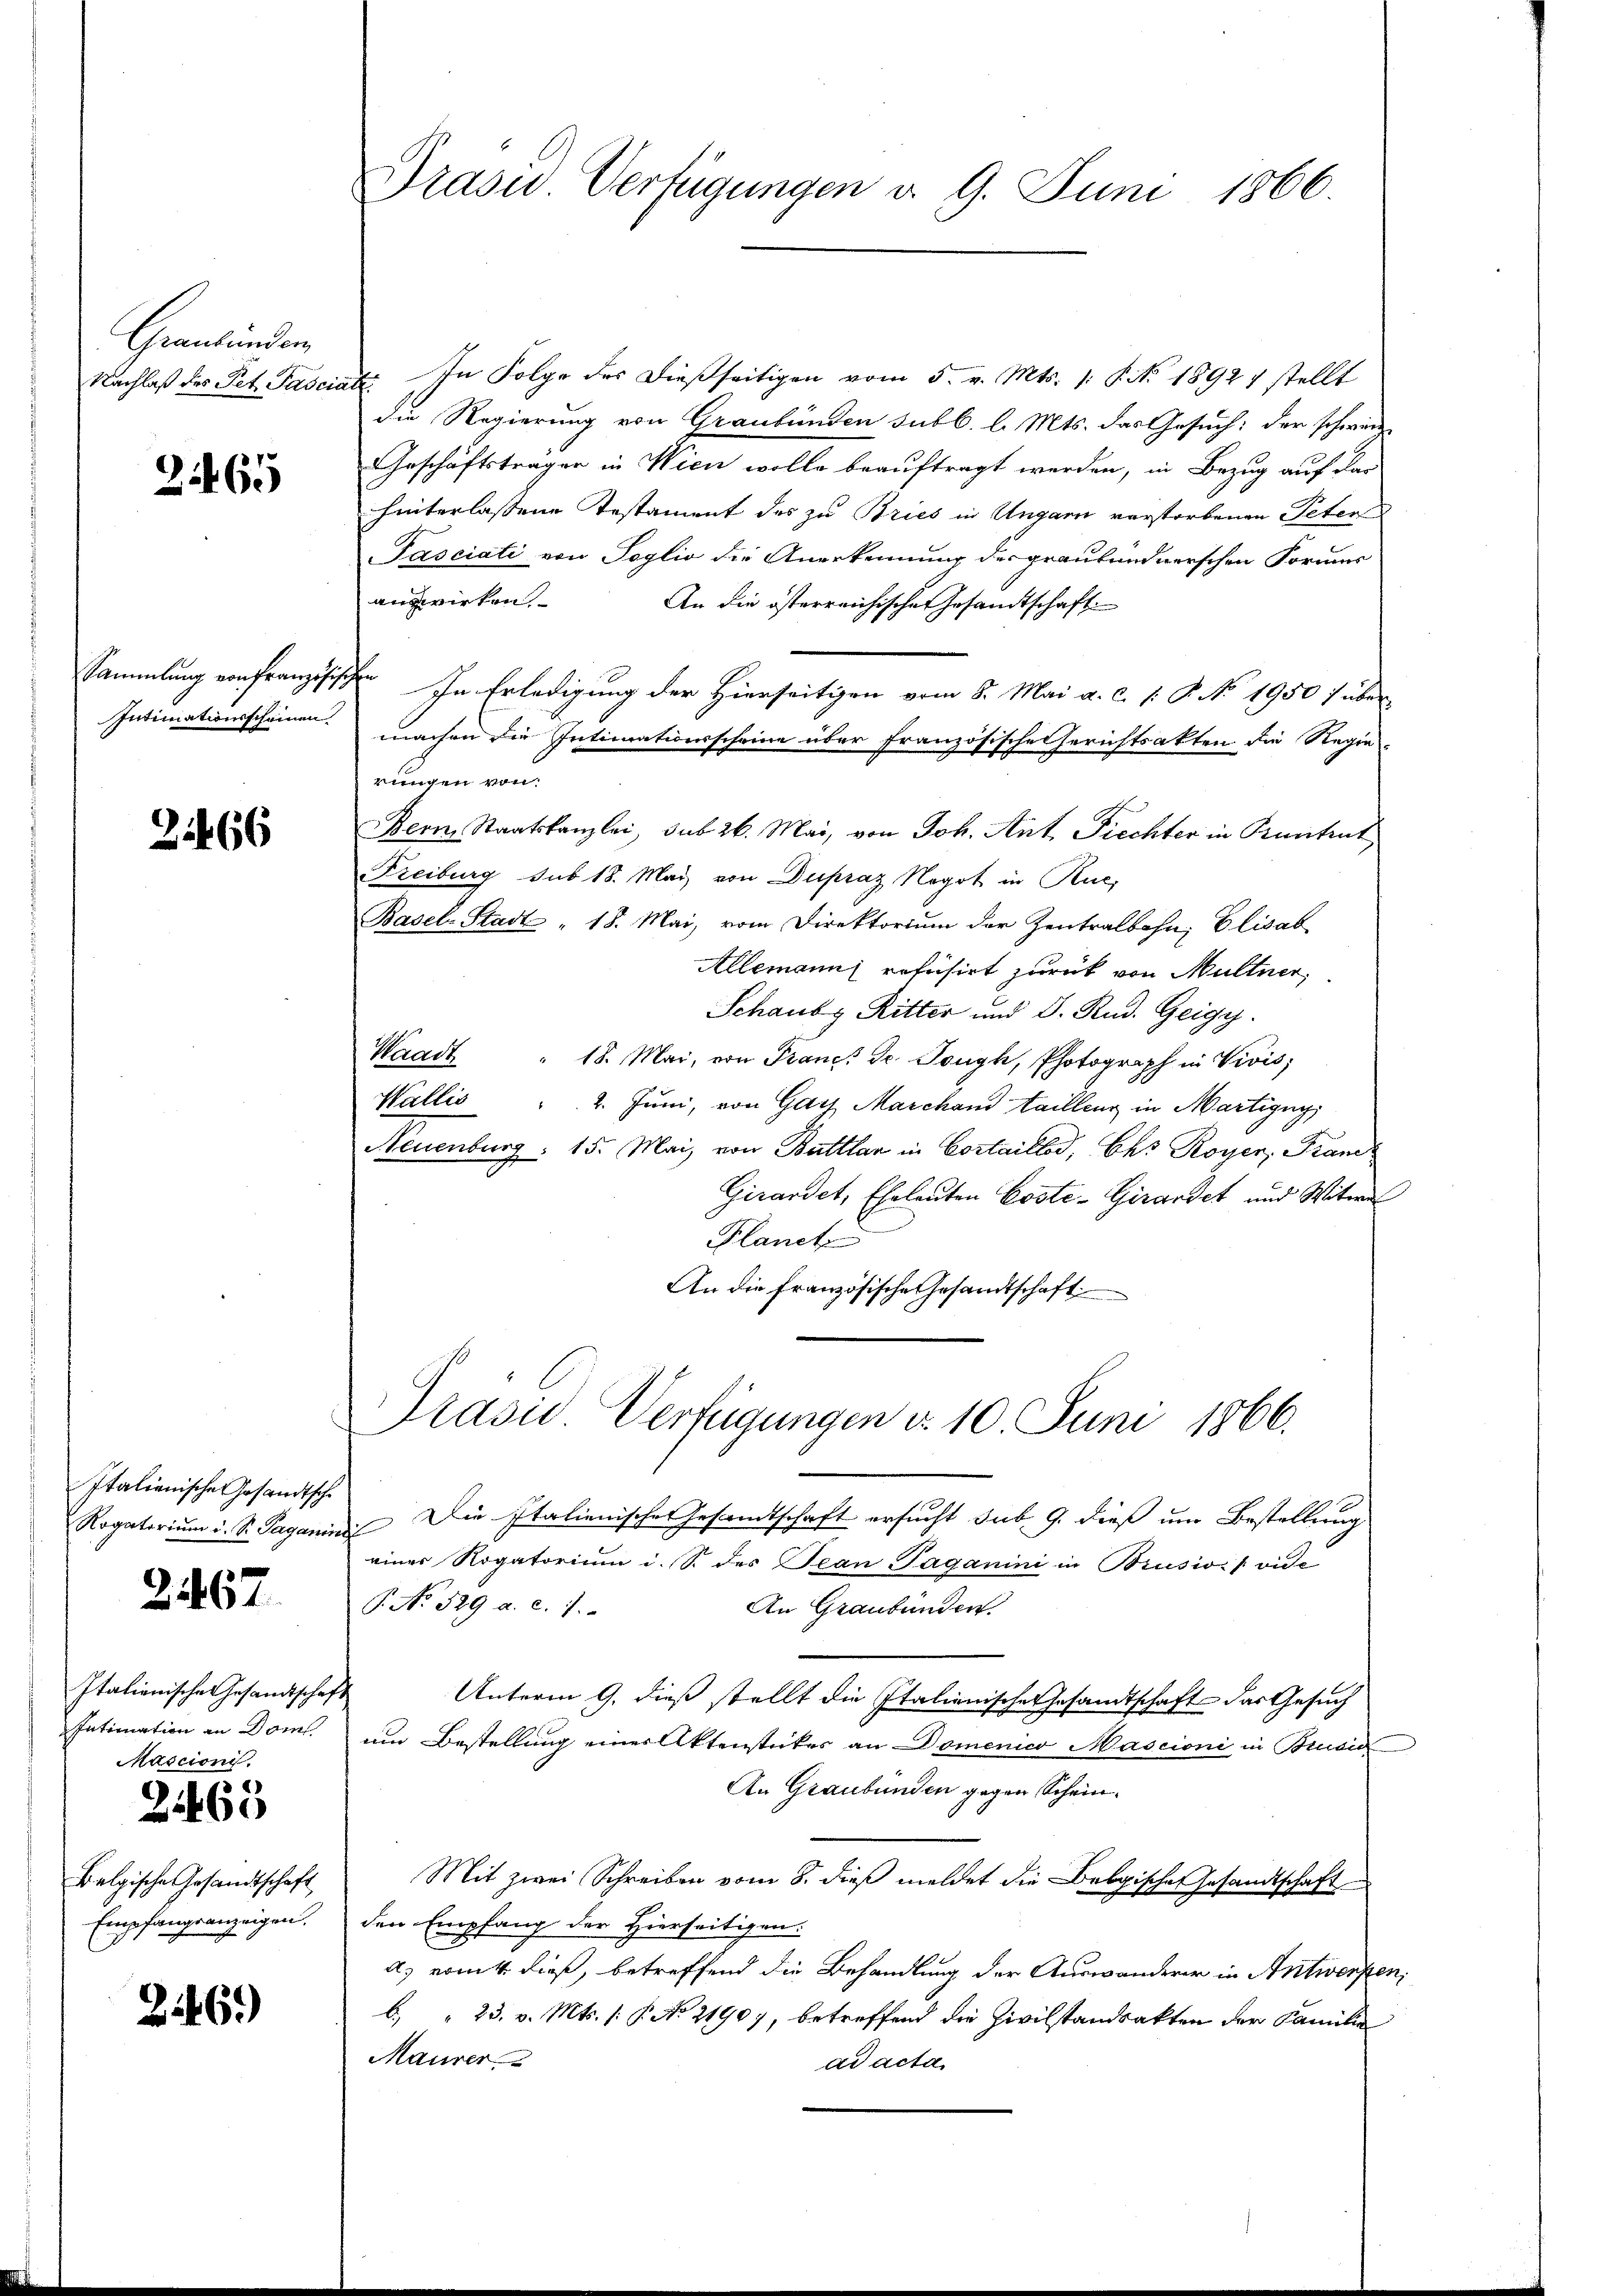
Graubünden
Nachlaß des Pet. Pascia

2465

Sammlung von Französisc
Intimationsscheinen

21466

Italienische Gesandtsche
Rogatorium d. S. Paganin

2467

Italienisches Gesandtsche¬
Intimation an Dom
Mascioni.

2460

Belgische Gesandtschaft
Empfangsanzeigen.

246.)

Trasu Verfügungen d. 9. Juni 1866.

In Folge des dießseitigen vom 5. v. Mts. /: P. Nr. 1892 stellt
¬
die Regierung von Graubünden subb. l. Mts. das Gesuch: der schwer
Geschäftsträger in Wien wolle beauftragt werden, in Bezug auf dar
hinterlassene Testament des zu Bries in Ungarn verstorbenen Peten
Pasciati von Toglio die Anerkennung des graubündnerschen Formu
answirken
An die österreichischen Gesamtschaft
f
In Erledigung der Hierseitigen vom 8. Mai a. c. (: P. No 1950 / über
machen die Intimationsscheine über französische Gerichtsakten die Regie-
rungen von
Bern Staatskanzlei, sub 26. Mai, von Joh. Ant. Prechter in Pruntrut
Freiburg sub 18. May von Dupraz Nogot in Rue,
Basel-Stadt " 18. Mai, vom Direktorium der Zentralbahn, Elisab
Allemanns refusirt zurück von Multner,
Schauby Ritter und D. Rud. Geigy.
Waadt " 18. Mai, von Francs de Tonyk, Photograph in Vivis;
Wallis " 2. Juni, von Gar Marchand taillenz in Martigny
Neuenburg. 15. Mai von Battlar in Cortaillod, Chs Royer, Fran¬
Girardet, Eheleuten Costé-Girardet und Witwe
Blanche
An die französische Gesandtschaft
Präsid. Verfügungen d. 10 Juni 1866.
Die Italienisches Gesandtschaft ersucht sub. 9. dieß um Bestellung
einer Rogatorium i. S. des Tean Paganini in Brusio [vide
P. No. 529 a. c. 7.
An Graubünden.
Unterm 9. dieß stellt die Italienischen Gesamtschaft das Gesuch
um Bestellung einer Aktenstetes an Domenico Mascioni in Brusic
An Graubünden gegen Schein¬
Mit zwei Schreiben vom 8. dieß meldet die Belgische Gesandtschaft
den Empfang der Hierseitigen.
a) vom 4. dieß, betreffend die Behandlung der Auswanderer in Antwerfen,
b. " 23. v. Mts. (: P. No 21907, betreffend die Zivilstandsakten der Familie
Maurer
ad acta